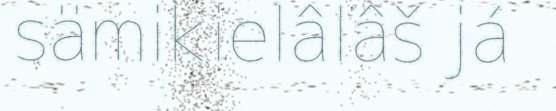
sämikielâlâš já